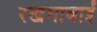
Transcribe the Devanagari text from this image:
रखमाबाईं